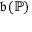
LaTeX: { \mathfrak { b } } ( { \mathbb { P } } )